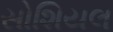
સોશિયલ